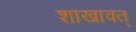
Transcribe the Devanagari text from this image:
शाखावत्